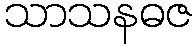
သာသနဓဇ